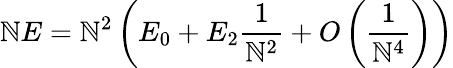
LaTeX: \mathbb{N}E=\mathbb{N}^{2}\left(E_{0}+E_{2}\frac{{1}}{{\mathbb{N}^{2}}}+O\left(\frac{{1}}{{\mathbb{N}^{4}}}\right)\right)